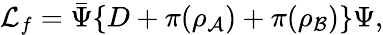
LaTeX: {\cal L}_{f}={\bar{\Psi}}\{ D+\pi(\rho_{\cal A})+\pi(\rho_{\cal B})\} \Psi,